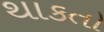
થાકતો